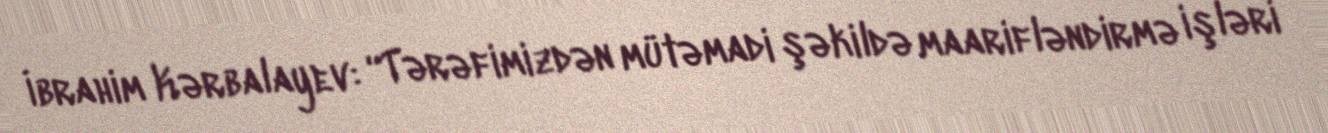
İbrahim Kərbalayev: “Tərəfimizdən mütəmadi şəkildə maarifləndirmə işləri